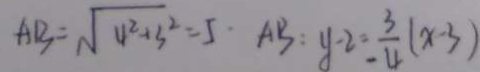
A B = \sqrt { 4 ^ { 2 } + 3 ^ { 2 } } = 5 \cdot A B : y - 2 = \frac { 3 } { - 4 } ( x - 3 ) 1